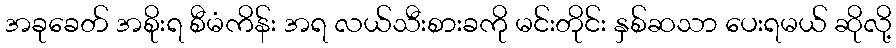
အခုခေတ် အစိုးရ စီမံကိန်း အရ လယ်သီးစားခကို မင်းတိုင်း နှစ်ဆသာ ပေးရမယ် ဆိုလို့